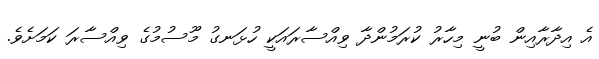
އެ އިދާރާއިން ބުނީ މިހާރު ކުރަމުންދާ ވިއްސާރައަކީ ހުޅަނގު މޫސުމުގެ ވިއްސާރަ ކަމަށެވެ.